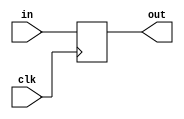
module PC(input clk,input [15:0] in,output [15:0] out);
    reg [15:0] out;
    initial begin
        out = 16'b0;
    end
    always@(posedge clk)begin
        #2 out=in;
    end
endmodule